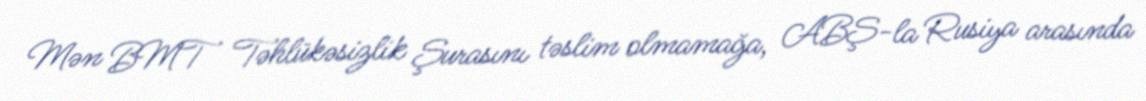
Mən BMT Təhlükəsizlik Şurasını təslim olmamağa, ABŞ-la Rusiya arasında